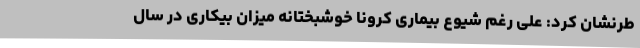
طرنشان کرد: علی رغم شیوع بیماری کرونا خوشبختانه میزان بیکاری در سال